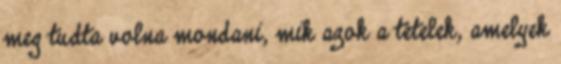
meg tudta volna mondani, mik azok a tételek, amelyek